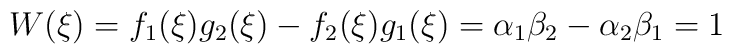
W(\xi )=f_{1}(\xi )g_{2}(\xi )-f_{2}(\xi )g_{1}(\xi )=\alpha _{1}\beta_{2}-\alpha _{2}\beta _{1}=1